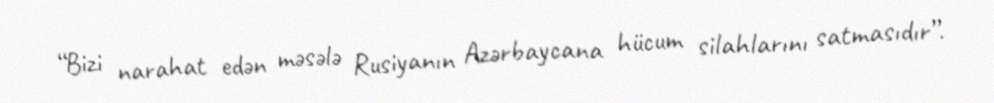
“Bizi narahat edən məsələ Rusiyanın Azərbaycana hücum silahlarını satmasıdır”.